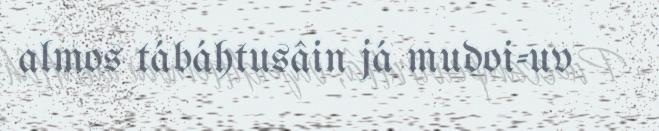
almos tábáhtusâin já mudoi-uv